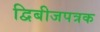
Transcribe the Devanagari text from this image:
द्विबीजपत्रक